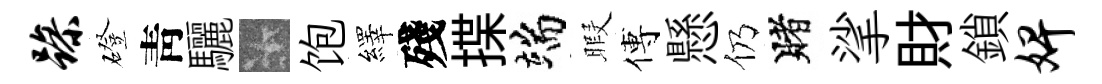
躁磴靑驪卡饱繹殘揲端暇傅懸仍賭挲財鎖婢